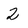
Character: 2